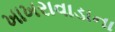
ખાખરાવાડાના